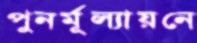
পুনর্মূল্যায়নে